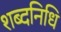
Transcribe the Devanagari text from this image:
शब्दनिधि